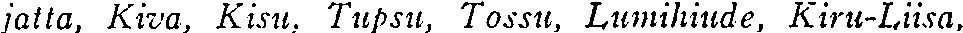
jatta, Kiva, Kisu, Tupsu, Tossu, Lumihiude, Kiru-Liisa,